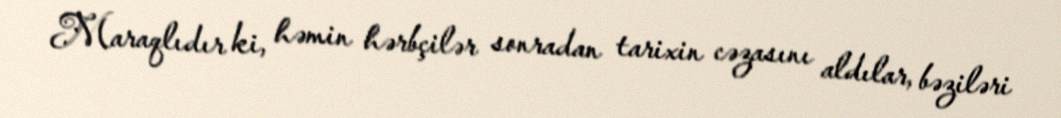
Maraqlıdır ki, həmin hərbçilər sonradan tarixin cəzasını aldılar, bəziləri